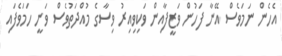
އެހެން ނަމަވެސް އޭނާ ފަހުން ވަޒީފާއިން ވަކިވިއިރު ވިސާގެ މުއްދަތުވެސް ވަނީ ހަމަވެފައި